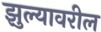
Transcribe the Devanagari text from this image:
झुल्यावरील